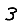
Digit: 3